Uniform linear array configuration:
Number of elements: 4
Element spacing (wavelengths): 0.75
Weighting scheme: binomial
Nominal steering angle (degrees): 0
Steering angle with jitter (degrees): -1.119
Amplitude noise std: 0.05
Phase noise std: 0.05

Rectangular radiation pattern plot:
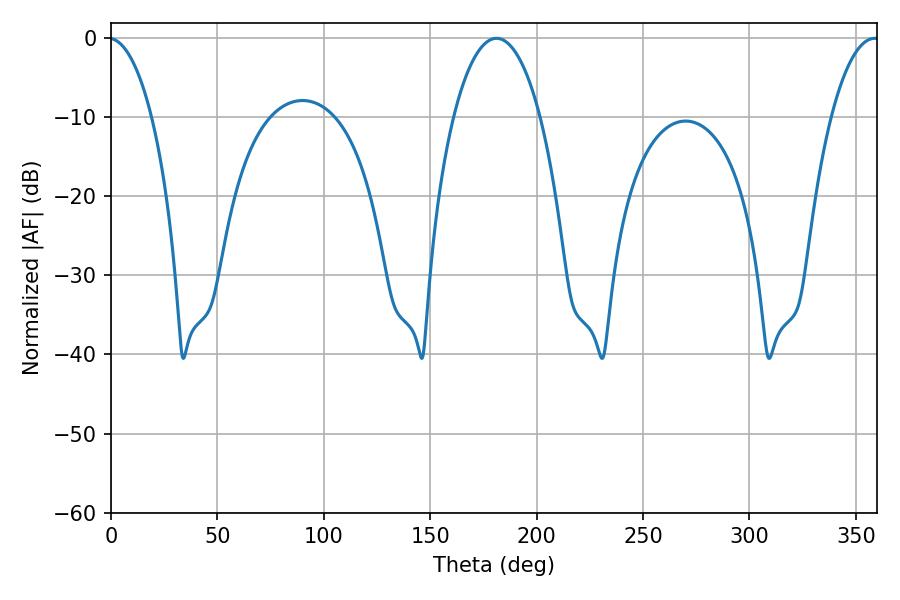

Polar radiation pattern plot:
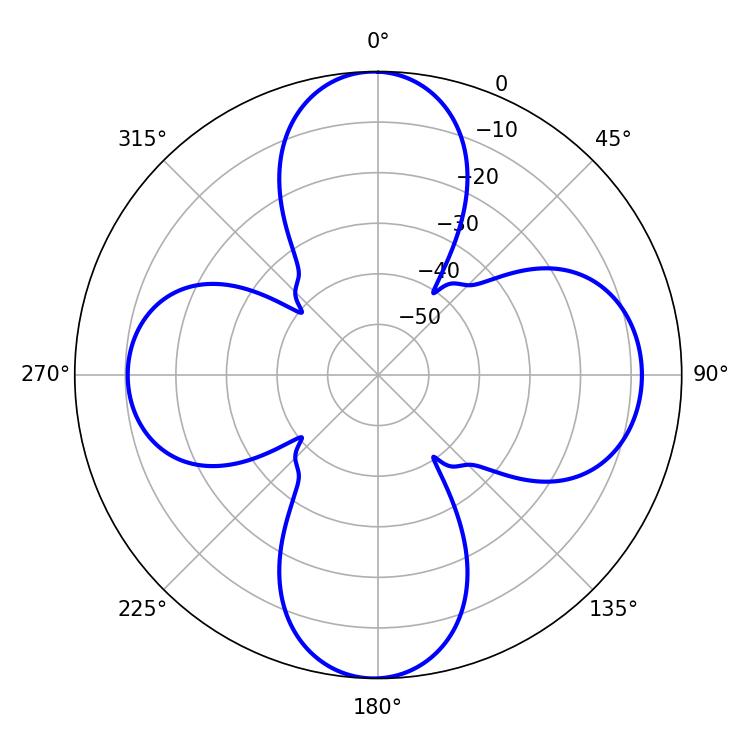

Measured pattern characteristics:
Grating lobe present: TRUE
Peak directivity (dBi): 17.889
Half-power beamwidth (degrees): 22.86
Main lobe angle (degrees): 181.08